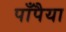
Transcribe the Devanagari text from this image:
पाँपैया